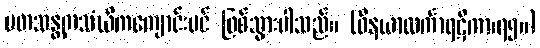
မတသန္တကသံဃိကကျောင်းပင် ဖြစ်သွားပါသည်။ (ဝိနယာလင်္ကာရဋီကာ၊၇၅။)